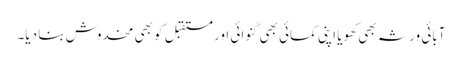
آبائی ورثہ بھی کھویا اپنی کمائی بھی گنوائی اور مستقبل کو بھی مخدوش بنا دیا۔